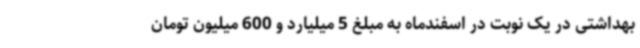
بهداشتی در یک نوبت در اسفندماه به مبلغ 5 میلیارد و 600 میلیون تومان